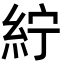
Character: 紵